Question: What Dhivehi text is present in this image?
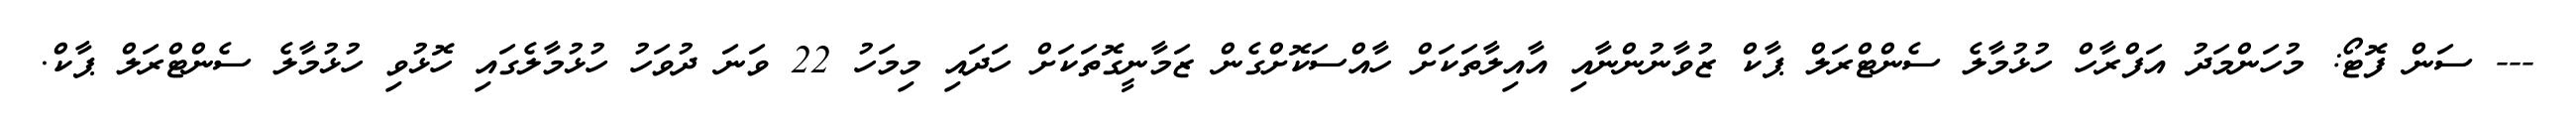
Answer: --- ސަން ފޮޓޯ: މުހަންމަދު އަފްރާހް ހުޅުމާލެ ސެންޓްރަލް ޕާކް ޒުވާނުންނާއި އާއިލާތަކަށް ހާއްސަކޮށްގެން ޒަމާނީގޮތަކަށް ހަދައި މިމަހު 22 ވަނަ ދުވަހު ހުޅުމާލެގައި ހޮޅުވި ހުޅުމާލެ ސެންޓްރަލް ޕާކް.